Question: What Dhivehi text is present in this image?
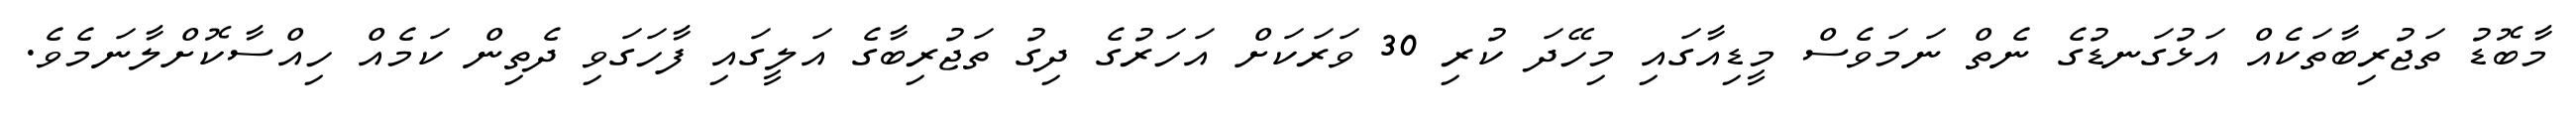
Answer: މާބޮޑު ތަޖުރިބާތަކެއް އަޅުގަނޑުގެ ނެތް ނަމަވެސް މީޑިއާގައި މިހޭދަ ކުރި 30 ވަރަކަށް އަހަރުގެ ދިގު ތަޖުރިބާގެ އަލީގައި ފާހަގަވި ދެތިން ކަމެއް ހިއްސާކޮށްލާނަމެވެ.